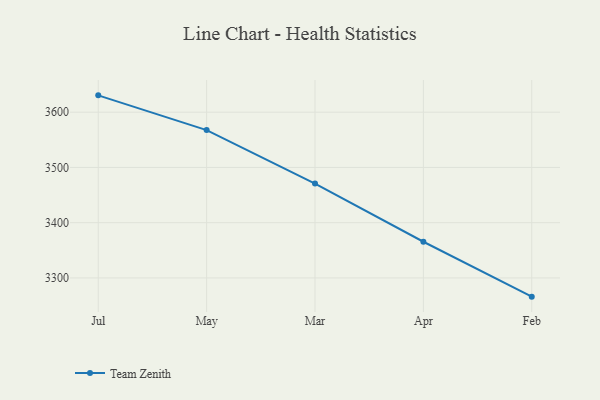
{"axis": {"x": "Month", "y": "Gross Profit (USD K)"}, "legend": ["Team Zenith"], "data": [{"x": "Jul", "y": 3630.5, "type": "Team Zenith"}, {"x": "May", "y": 3567.6, "type": "Team Zenith"}, {"x": "Mar", "y": 3470.9, "type": "Team Zenith"}, {"x": "Apr", "y": 3365.5, "type": "Team Zenith"}, {"x": "Feb", "y": 3266.1, "type": "Team Zenith"}]}